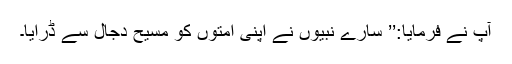
آپ نے فرمایا:’’ سارے نبیوں نے اپنی امتوں کو مسیح دجال سے ڈرایا۔